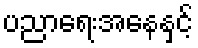
ပညာရေးအနေနှင့်